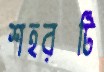
শহরটি